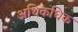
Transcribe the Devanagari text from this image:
अधिकधिक